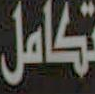
تكامل